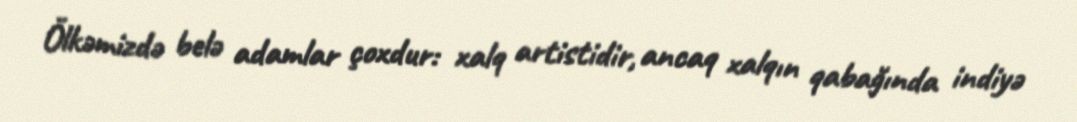
Ölkəmizdə belə adamlar çoxdur: xalq artistidir, ancaq xalqın qabağında indiyə